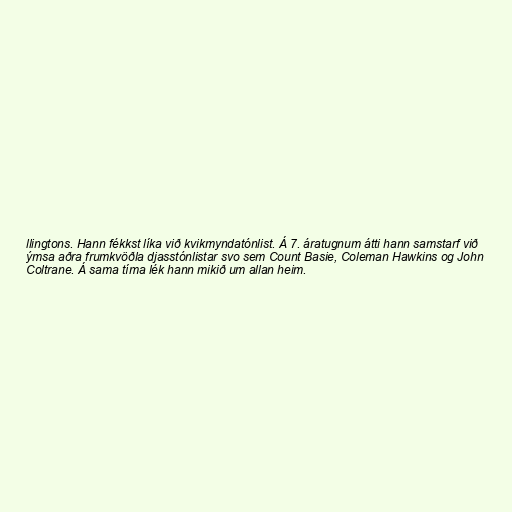
llingtons. Hann fékkst líka við kvikmyndatónlist. Á 7. áratugnum átti hann samstarf við
ýmsa aðra frumkvöðla djasstónlistar svo sem Count Basie, Coleman Hawkins og John
Coltrane. Á sama tíma lék hann mikið um allan heim.